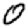
Digit: 0